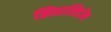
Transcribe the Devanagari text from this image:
झिप्रासिडोन